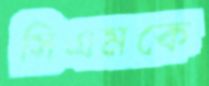
সিএমকে